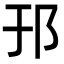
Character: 邘